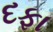
દફા